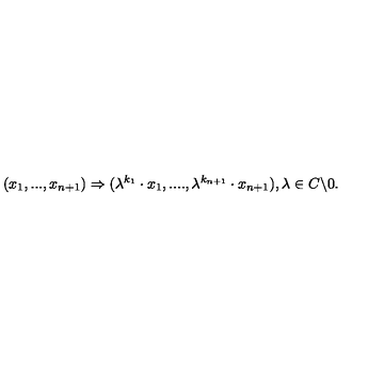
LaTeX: ( x _ { 1 } , . . . , x _ { n + 1 } ) \Rightarrow ( \lambda ^ { k _ { 1 } } \cdot x _ { 1 } , . . . . , \lambda ^ { k _ { n + 1 } } \cdot x _ { n + 1 } ) , \lambda \in C \backslash { 0 } .